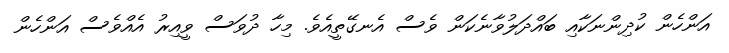
އަންހެން ކުދިންނަކާއި ބައްދަލުވާނެކަން ވެސް އެނގޭތީއެވެ. މިހާ ދުވަސް ވީއިރު އެއްވެސް އަންހެން